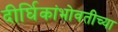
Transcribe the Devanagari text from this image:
दीर्घिकांभोवतीच्या